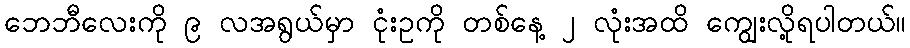
ဘေဘီလေးကို ၉ လအရွယ်မှာ ငုံးဥကို တစ်နေ့ ၂ လုံးအထိ ကျွေးလို့ရပါတယ်။